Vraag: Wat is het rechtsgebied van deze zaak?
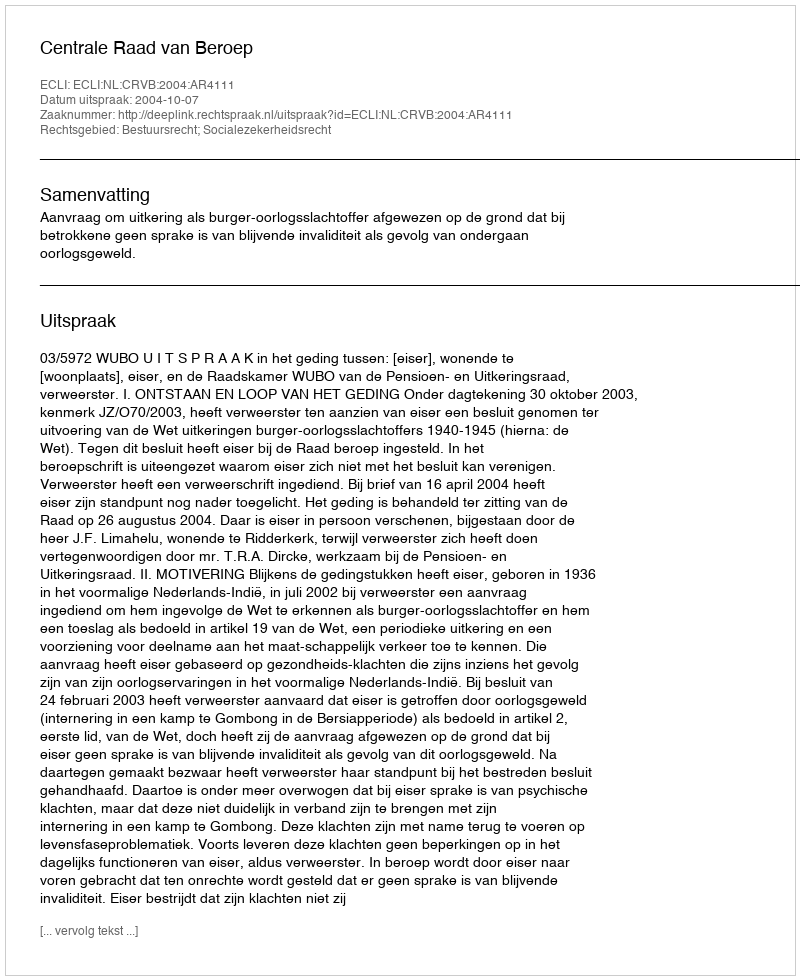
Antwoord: Bestuursrecht; Socialezekerheidsrecht